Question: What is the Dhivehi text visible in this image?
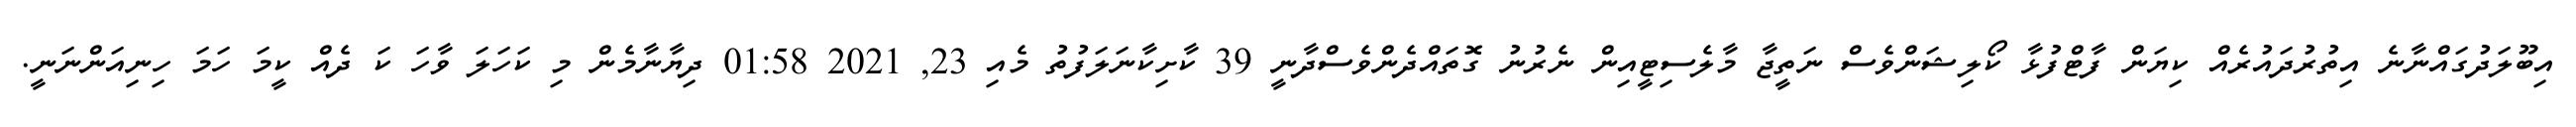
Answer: އިބޫލަދުގައްނާނެ އިތުރުދައުރެއް ކިޔަން ފާޓްފުޅާ ކޯލިޝަންވެސް ނަތީޖާ މާލެސިޓީއިން ނެރުނު ގޮތައްދެންވެސްދާނީ 39 ކާށިކާނަލަފުތު މެއި 23, 2021 01:58 ދިޔާނާމެން މި ކަހަލަ ވާހަ ކަ ދެއް ކީމަ ހަމަ ހިނިއަންނަނީ.